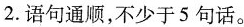
2.语句通顺，不少于5句话。